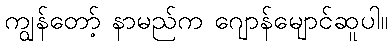
ကျွန်တော့် နာမည်က ဂျောန်မျောင်ဆူပါ။